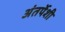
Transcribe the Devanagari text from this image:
अंतर्पेशी